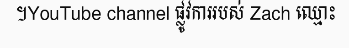
។YouTube channel ផ្លូវការរបស់ Zach ឈ្មោះ